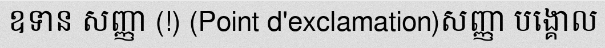
ឧទាន សញ្ញា (!) (Point d'exclamation)សញ្ញា បង្គោល